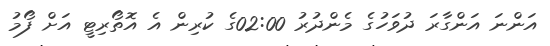
އަންނަ އަންގާރަ ދުވަހުގެ މެންދުރު 02:00ގެ ކުރިން އެ އޮތޯރިޓީ އަށް ފޯމު